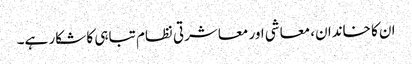
ان کا خاندان، معاشی اور معاشرتی نظام تباہی کا شکار ہے۔